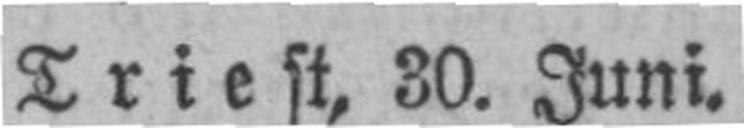
Triest, 30. Juni.